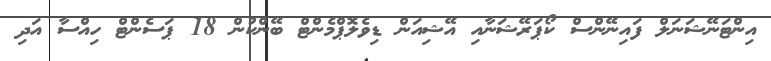
އިންޓަނޭޝަނަލް ފައިނޭންސް ކޯޕަރޭޝަނާއި އޭޝިއަން ޑިވެލޮޕްމެންޓް ބޭންކުން 18 ޕަސެންޓް ހިއްސާ އަދި